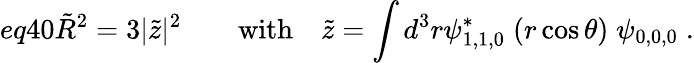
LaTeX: eq40\tilde{R}^{2}=3|\tilde{z}|^{2}\qquad\mathrm{with}\quad\tilde{z}=\int d^{3}r\psi_{1,1,0}^{\ast}\; (r\cos\theta)\; \psi_{0,0,0}\; .